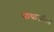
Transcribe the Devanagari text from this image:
खाद्याजनित